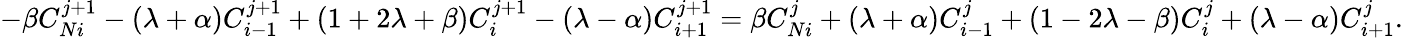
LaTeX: -\beta C_{Ni}^{j+1}-(\lambda+\alpha)C_{i-1}^{j+1}+(1+2\lambda+\beta)C_{i}^{j+1}-(\lambda-\alpha)C_{i+1}^{j+1}=\beta C_{Ni}^{j}+(\lambda+\alpha)C_{i-1}^{j}+(1-2\lambda-\beta)C_{i}^{j}+(\lambda-\alpha)C_{i+1}^{j}.